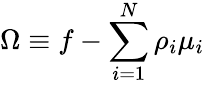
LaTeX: {\Omega\equiv f-\sum_{i=1}^{N}\rho_{i}\mu_{i}}